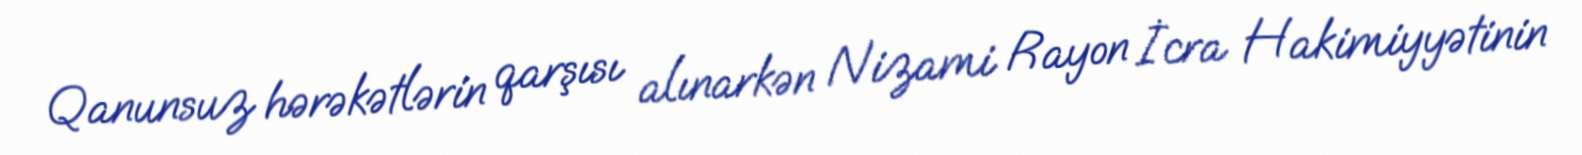
Qanunsuz hərəkətlərin qarşısı alınarkən Nizami Rayon İcra Hakimiyyətinin